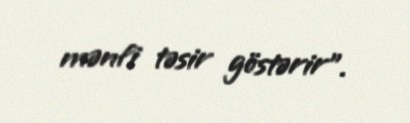
mənfi təsir göstərir".